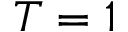
T = 1